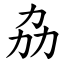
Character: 劦